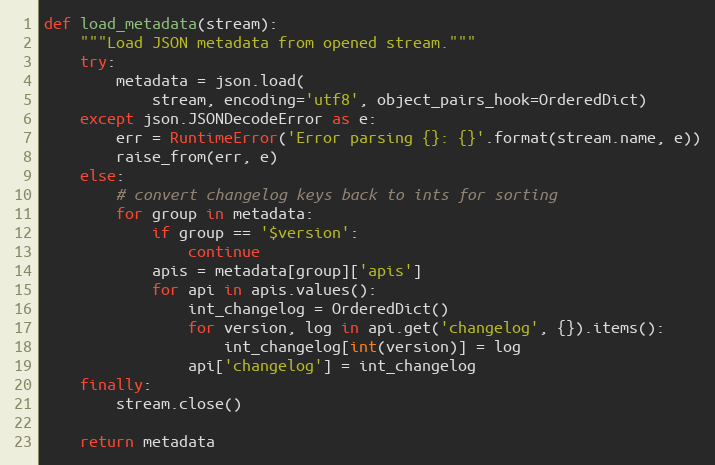
Language: Python
def load_metadata(stream):
    """Load JSON metadata from opened stream."""
    try:
        metadata = json.load(
            stream, encoding='utf8', object_pairs_hook=OrderedDict)
    except json.JSONDecodeError as e:
        err = RuntimeError('Error parsing {}: {}'.format(stream.name, e))
        raise_from(err, e)
    else:
        # convert changelog keys back to ints for sorting
        for group in metadata:
            if group == '$version':
                continue
            apis = metadata[group]['apis']
            for api in apis.values():
                int_changelog = OrderedDict()
                for version, log in api.get('changelog', {}).items():
                    int_changelog[int(version)] = log
                api['changelog'] = int_changelog
    finally:
        stream.close()

    return metadata